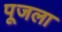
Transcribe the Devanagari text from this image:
पूजला